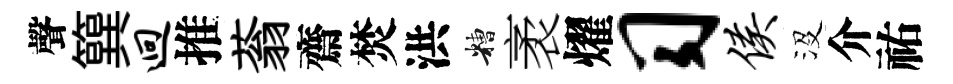
聲簨迥推蓊齋焚洪糟袤燿习侯沒介祐